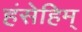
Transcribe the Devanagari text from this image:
हंसेहिम्‌